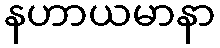
နဟာယမာနာ